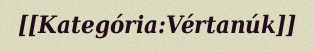
[[Kategória:Vértanúk]]